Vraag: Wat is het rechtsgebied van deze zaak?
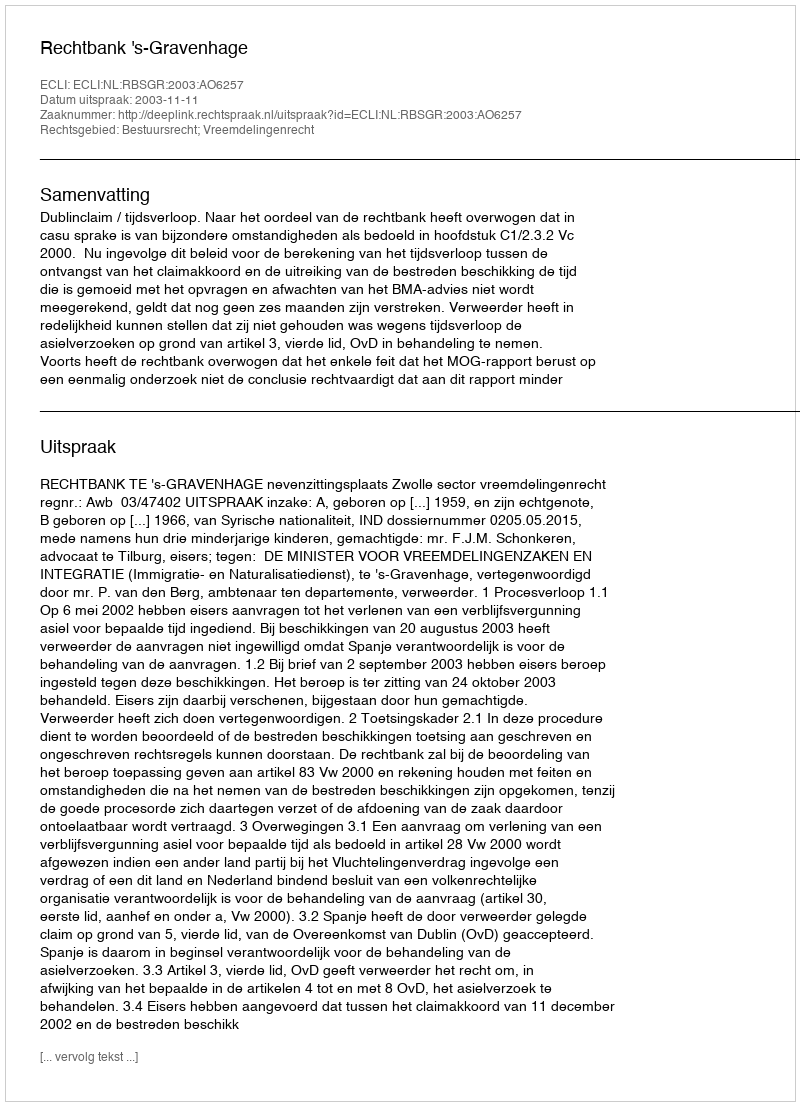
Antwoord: Bestuursrecht; Vreemdelingenrecht